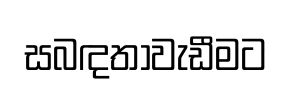
සබඳතාවැඩීමට